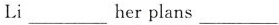
( )2. Nancy is talking\underlineMiss